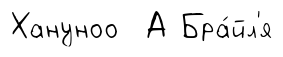
Хануноо А Бра́йл'я